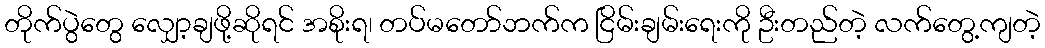
တိုက်ပွဲတွေ လျှော့ချဖို့ဆိုရင် အစိုးရ၊ တပ်မတော်ဘက်က ငြိမ်းချမ်းရေးကို ဦးတည်တဲ့ လက်တွေ့ကျတဲ့